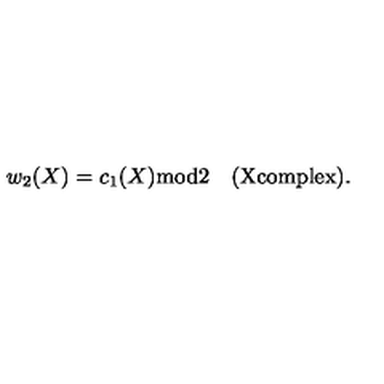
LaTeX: w _ { 2 } ( X ) = c _ { 1 } ( X ) \mathrm { m o d } 2 \quad \mathrm { ( X c o m p l e x ) } .